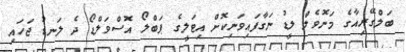
ބަލްގޭރިއާގެ މަނޮވެލް ލީޑު ނަގާފައިވަނިކޮށް އިޓަލީގެ ޕަބްލޯ އޮސްވަލްޑޯ ދެ ލަނޑު ޖަހައި